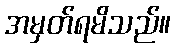
အမှတ်ရမိသည်။